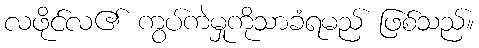
လဖိုင်လ၏ ကွပ်ကဲမှုကိုသာခံရမည် ဖြစ်သည်။